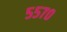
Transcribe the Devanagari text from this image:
५५७०